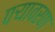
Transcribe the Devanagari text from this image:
पऱ्यावरण